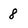
Character: 8